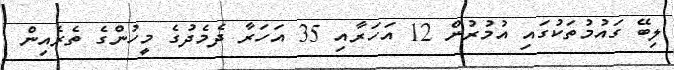
ލިބޭ ގައުމުތަކުގައި އުމުރުން 12 އަހަރާއި 35 އަހަރާ ދެމެދުގެ މީހުންގެ ތެރެއިން